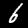
Digit: 6